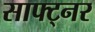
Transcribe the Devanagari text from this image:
साफ्ट्नर